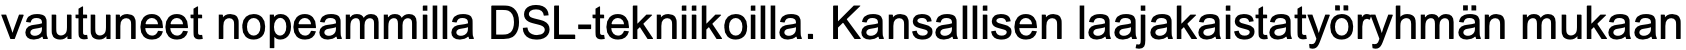
vautuneet nopeammilla DSL-tekniikoilla. Kansallisen laajakaistatyöryhmän mukaan